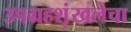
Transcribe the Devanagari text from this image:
उपग्रहशृंखलेचा